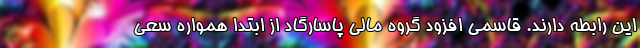
این رابطه دارند. قاسمی افزود گروه مالی پاسارگاد از ابتدا همواره سعی